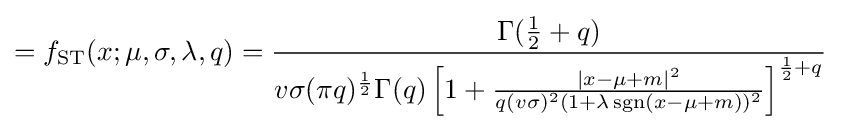
=f_{\text{ST}}(x;\mu ,\sigma ,\lambda ,q)={\frac {\Gamma ({\frac {1}{2}}+q)}{v\sigma (\pi q)^{\frac {1}{2}}\Gamma (q)\left[1+{\frac {\left|x-\mu +m\right|^{2}}{q(v\sigma )^{2}(1+\lambda \operatorname {sgn}(x-\mu +m))^{2}}}\right]^{{\frac {1}{2}}+q}}}